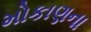
મોકાણના